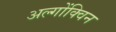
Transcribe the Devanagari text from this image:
अल्गोंक्विन